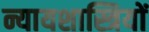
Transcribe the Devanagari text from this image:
न्यायशास्त्रियों